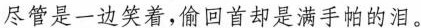
尽管是一边笑着,偷回首却是满手帕的泪。